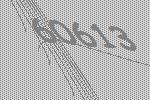
60613